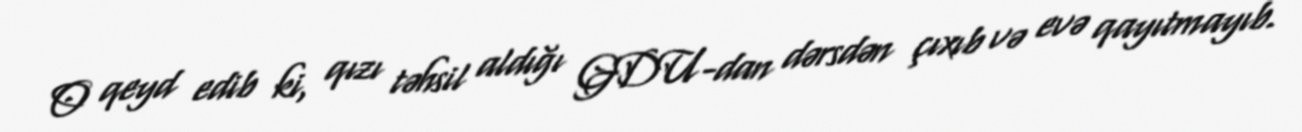
O qeyd edib ki, qızı təhsil aldığı GDU-dan dərsdən çıxıb və evə qayıtmayıb.